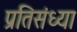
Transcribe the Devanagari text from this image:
प्रतिसंध्या